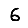
Digit: 6